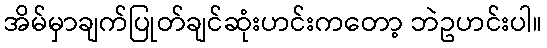
အိမ်မှာချက်ပြုတ်ချင်ဆုံးဟင်းကတော့ ဘဲဥဟင်းပါ။